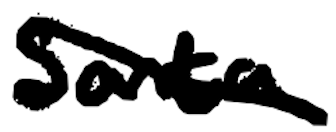
Text: Santa
Cross-out: diagonal
Writing tool: digital_black